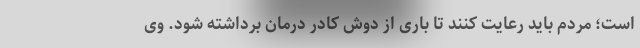
است؛ مردم باید رعایت کنند تا باری از دوش کادر درمان برداشته شود. وی